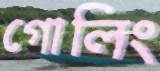
গোলিং